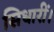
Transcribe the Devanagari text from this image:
सिधारीं।